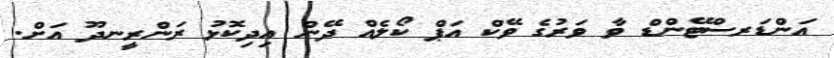
އަންޑަރސްޓޭންޑް ވާ ވަރުގެ ވޭކް އަޕް ކޯލެއް ދޭން އިދިކޮޅު ރަންރީނދޫ އަށް.